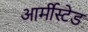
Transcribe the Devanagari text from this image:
आर्मीस्टेड